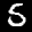
Label: 5